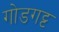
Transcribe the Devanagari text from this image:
गोडगट्ट